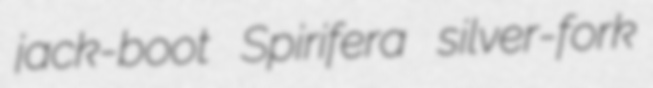
jack-boot Spirifera silver-fork